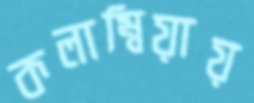
কলাম্বিয়ায়